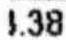
.38